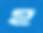
হ